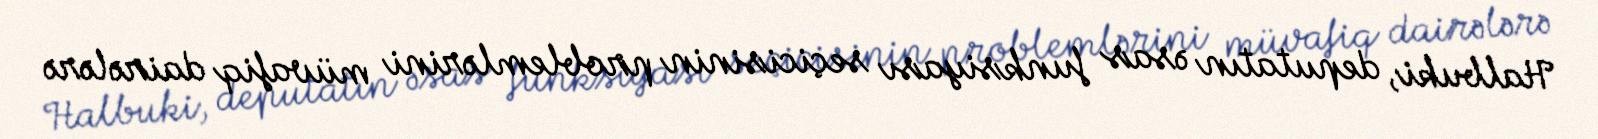
Halbuki, deputatın əsas funksiyası seçicisinin problemlərini müvafiq dairələrə